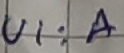
Text: UI:A